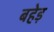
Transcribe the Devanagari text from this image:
बहेड़